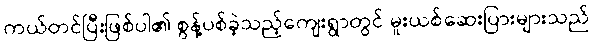
ကယ်တင်ပြီးဖြစ်ပါ၏ စွန့်ပစ်ခဲ့သည့်ကျေးရွာတွင် မူးယစ်ဆေးပြားများသည်